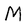
Character: M